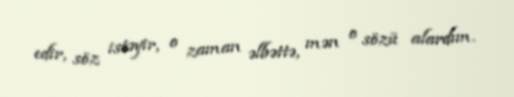
edir, söz istəyir, o zaman əlbəttə, mən o sözü alardım.